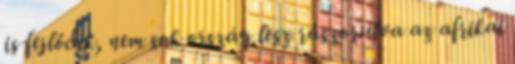
is fejlődik, nem sok ország lesz rászorulva az afrikai